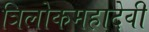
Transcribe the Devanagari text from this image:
त्रिलोकमहादेवी